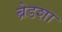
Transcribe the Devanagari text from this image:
ब्रेडशा